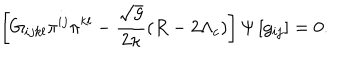
LaTeX: \left[ G _ { i j k l } \pi ^ { i j } \pi ^ { k l } - \frac { \sqrt { g } } { 2 \kappa } \left( R - 2 \Lambda _ { c } \right) \right] \Psi \left[ g _ { i j } \right] = 0 .